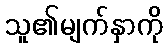
သူ၏မျက်နှာကို